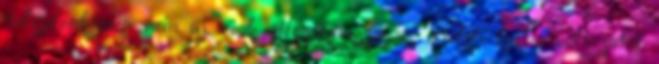
tulajdonképpen nem új, csak átfogalmazza az eredeti kettes változatot